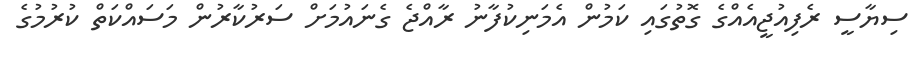
ސިޔާސީ ރެފިއުޖީއެއްގެ ގޮތުގައި ކަމުން އެމަނިކުފާނު ރާއްޖެ ގެނައުމަށް ސަރުކާރުން މަސައްކަތް ކުރުމުގެ